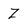
Character: Z